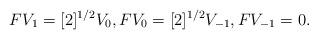
LaTeX: \begin{align*}F V_1 = [2]^{1/2} V_0, F V_0 = [2]^{1/2} V_{-1}, F V_{-1} = 0.\end{align*}